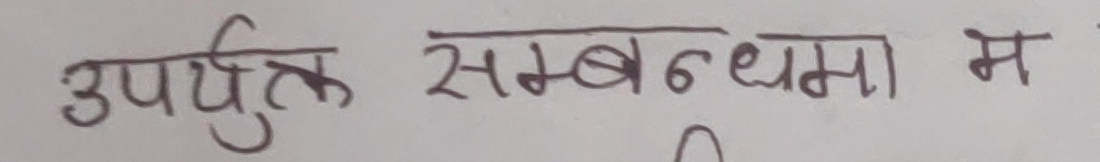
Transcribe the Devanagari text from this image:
उपर्युक्त सम्बन्धमा म